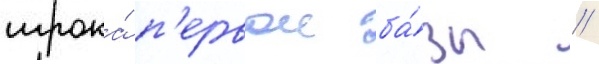
игрока́ п'ервои ба́зы //